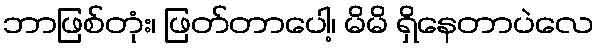
ဘာဖြစ်တုံး၊ ဖြတ်တာပေါ့၊ မိမိ ရှိနေတာပဲလေ